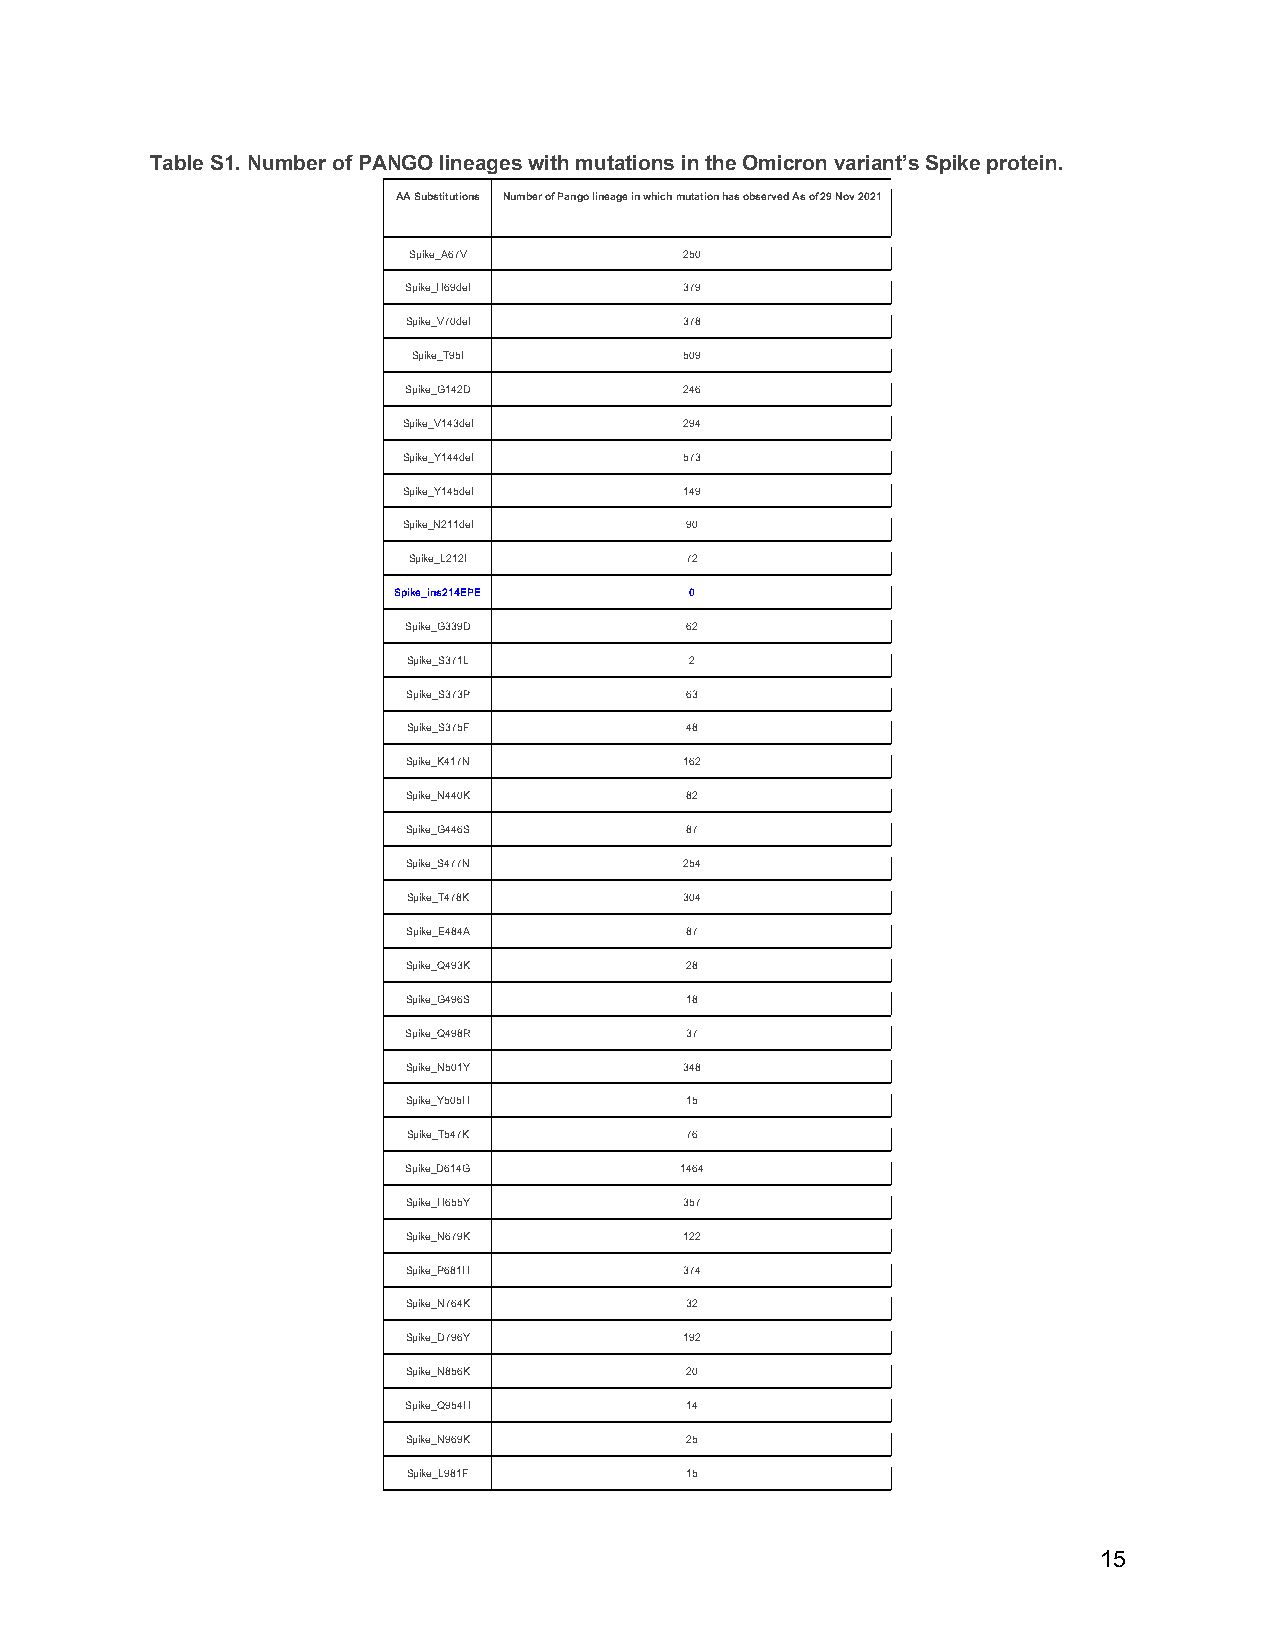
Table S1. Number of PANGO lineages with mutations in the Omicron variant’s Spike protein.
 AA Substitutions Number of Pango lineage in which mutation has observed As of 29 Nov 2021
 Spike_A67V        250
 Spike_H69del      379
 Spike_V70del      378
 Spike_T95I        509
 Spike_G142D       246
 Spike_V143del     294
 Spike_Y144del     573
 Spike_Y145del     149
 Spike_N211del     90
 Spike_L212I       72
 Spike_ins214EPE     0
 Spike_G339D       62
 Spike_S371L        2
 Spike_S373P       63
 Spike_S375F       48
 Spike_K417N       162
 Spike_N440K       82
 Spike_G446S       87
 Spike_S477N       254
 Spike_T478K       304
 Spike_E484A       87
 Spike_Q493K       28
 Spike_G496S       18
 Spike_Q498R       37
 Spike_N501Y       348
 Spike_Y505H       15
 Spike_T547K       76
 Spike_D614G       1464
 Spike_H655Y       357
 Spike_N679K       122
 Spike_P681H       374
 Spike_N764K       32
 Spike_D796Y       192
 Spike_N856K       20
 Spike_Q954H       14
 Spike_N969K       25
 Spike_L981F       15
 15